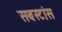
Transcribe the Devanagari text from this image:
सबस्टांस